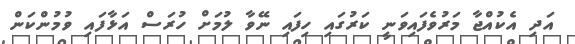
އަދި އެކުއްޖާ މަރުވެފައިވަނީ ކަރުގައި ހިފައި ނޭވާ ލުމަށް ހުރަސް އަޅާފައި ވުމުންކަން